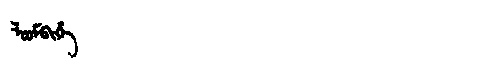
Manchu: ᠯᠣᠣᠮᠪᡳᡥᡝ
Romanization: LOOMBIHE